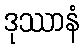
ဒုဿာနံ